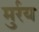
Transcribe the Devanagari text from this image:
मुर्रय